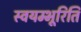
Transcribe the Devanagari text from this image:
स्वयम्भूरिति